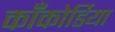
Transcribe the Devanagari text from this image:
काँकोर्डिया